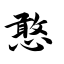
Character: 憨